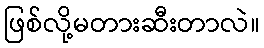
ဖြစ်လို့မတားဆီးတာလဲ။